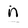
Character: n